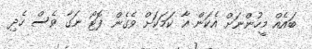
ބައެއް މީހުންނަށް އެކަން އާ ކަމަކަށް ވެގެން ފޮޓޯ ނަގާ ވެސް ހެދި